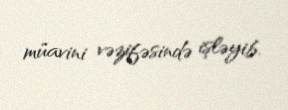
müavini vəzifəsində işləyib.